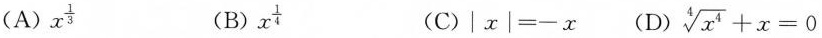
(A)x^{\frac{1}{3}} (B) x^{\frac{1}{4}} (C)$$|x|=-x$$ (D) $$\sqrt[4]{x^{4}}+x=0$$